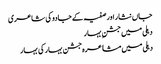
جاں نثار اور صفیہ کے جادو کی شاعری
دہلی میں جشنِ بہار
دہلی میں مشاعرہ جشن بہار کی بہار